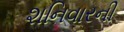
શનિવારની